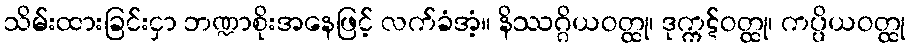
သိမ်းထားခြင်းငှာ ဘဏ္ဍာစိုးအနေဖြင့် လက်ခံအံ့။ နိဿဂ္ဂိယဝတ္ထု၊ ဒုက္ကဋ်ဝတ္ထု၊ ကပ္ပိယဝတ္ထု